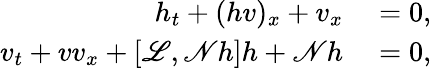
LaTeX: \begin{array}{rl}{h_{t}+(hv)_{x}+v_{x}}&{{}=0,}\\ {v_{t}+vv_{x}+\left[\mathscr{L},\mathscr{N}h\right]h+\mathscr{N}h}&{{}=0,}\end{array}